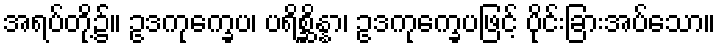
အရပ်တို့၌။ ဥဒကုက္ခေပ၊ ပရိစ္ဆိန္နာ၊ ဥဒကုက္ခေပဖြင့် ပိုင်းခြားအပ်သော။